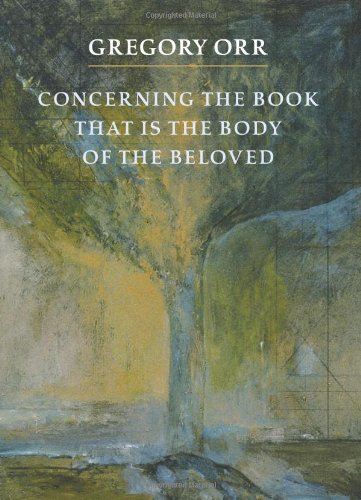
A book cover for Concerning the Book that is the Body of the Beloved; Gregory Orr; Literature & Fiction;